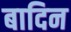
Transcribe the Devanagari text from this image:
बादिन